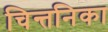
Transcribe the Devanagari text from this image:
चिन्तनिका